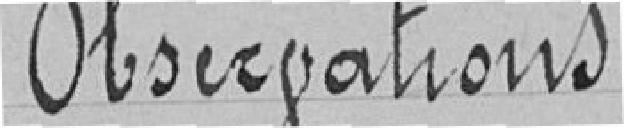
Observations